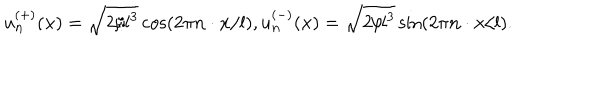
u _ { \bf n } ^ { ( + ) } ( { \bf x } ) = \sqrt { 2 / l ^ { 3 } } \cos \left( 2 \pi { \bf n } \cdot { \bf x } / l \right) , u _ { \bf n } ^ { ( - ) } ( { \bf x } ) = \sqrt { 2 / l ^ { 3 } } \sin \left( 2 \pi { \bf n } \cdot { \bf x } / l \right) .